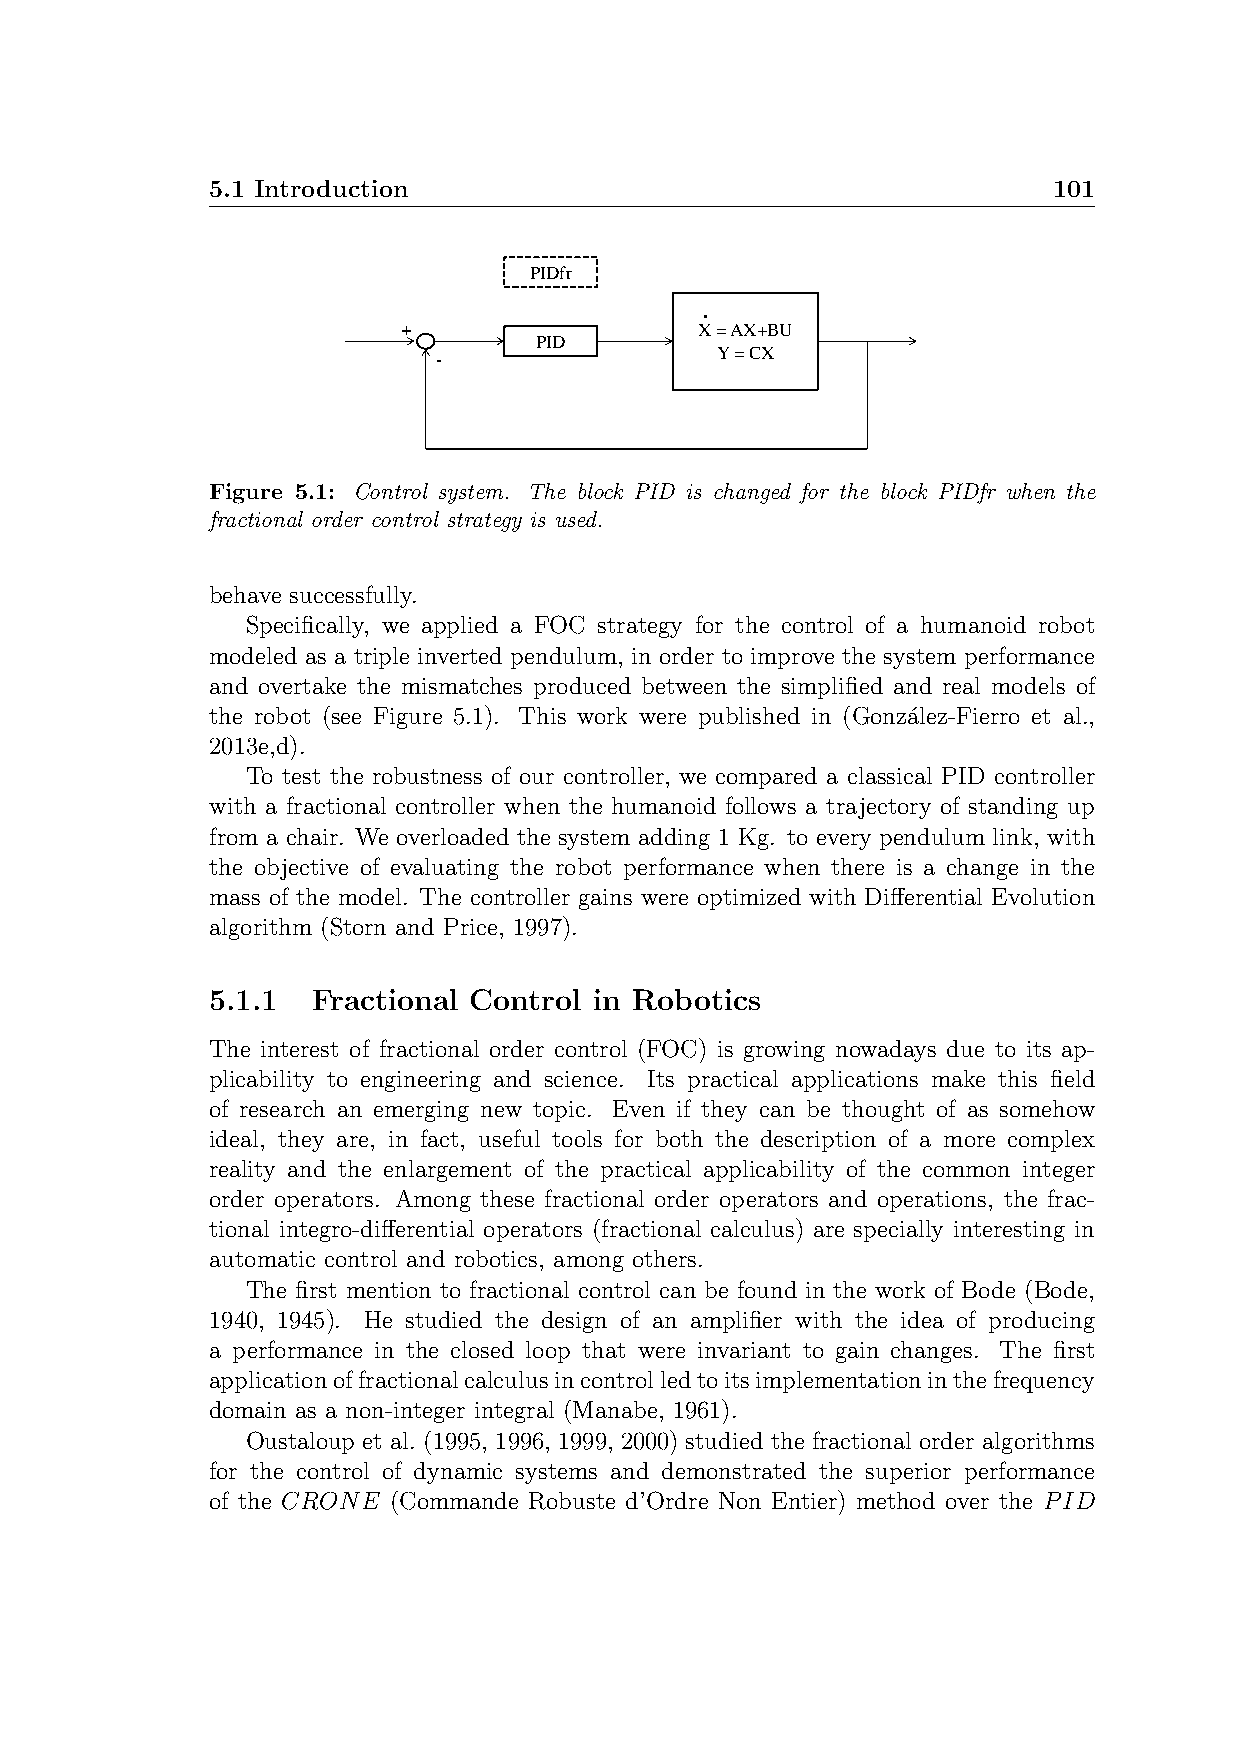
5.1 Introduction                                        101
 PIDfr
 .
 +                  X = AX+BU
 PID
 Y = CX
 -
 Figure 5.1: Control system. The block PID is changed for the block PIDfr when the
 fractional order control strategy is used.
 behave successfully.
 Specifically, we applied a FOC strategy for the control of a humanoid robot
 modeled as a triple inverted pendulum, in order to improve the system performance
 and overtake the mismatches produced between the simplified and real models of
 the robot (see Figure 5.1). This work were published in (Gonza´lez-Fierro et al.,
 2013e,d).
 To test the robustness of our controller, we compared a classical PID controller
 with a fractional controller when the humanoid follows a trajectory of standing up
 from a chair. We overloaded the system adding 1 Kg. to every pendulum link, with
 the objective of evaluating the robot performance when there is a change in the
 mass of the model. The controller gains were optimized with Differential Evolution
 algorithm (Storn and Price, 1997).
 5.1.1  Fractional Control in Robotics
 The interest of fractional order control (FOC) is growing nowadays due to its ap-
 plicability to engineering and science. Its practical applications make this field
 of research an emerging new topic. Even if they can be thought of as somehow
 ideal, they are, in fact, useful tools for both the description of a more complex
 reality and the enlargement of the practical applicability of the common integer
 order operators. Among these fractional order operators and operations, the frac-
 tional integro-differential operators (fractional calculus) are specially interesting in
 automatic control and robotics, among others.
 The first mention to fractional control can be found in the work of Bode (Bode,
 1940, 1945). He studied the design of an amplifier with the idea of producing
 a performance in the closed loop that were invariant to gain changes. The first
 applicationoffractionalcalculusincontrolledtoitsimplementationinthefrequency
 domain as a non-integer integral (Manabe, 1961).
 Oustaloup et al. (1995, 1996, 1999, 2000) studied the fractional order algorithms
 for the control of dynamic systems and demonstrated the superior performance
 of the CRONE (Commande Robuste d’Ordre Non Entier) method over the PID